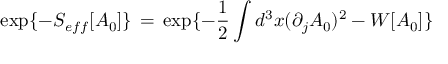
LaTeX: \exp \{ - S _ { e f f } [ A _ { 0 } ] \} \, = \, \exp \{ - \frac { 1 } { 2 } \int d ^ { 3 } x ( \partial _ { j } A _ { 0 } ) ^ { 2 } - W [ A _ { 0 } ] \}